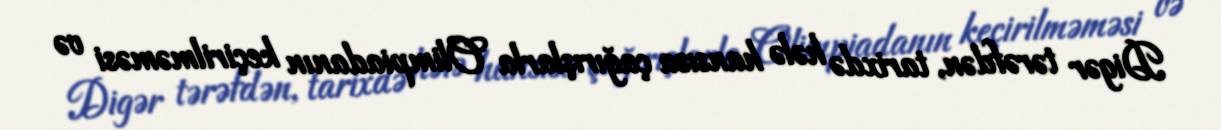
Digər tərəfdən, tarixdə hələ hansısa çağırışlarla Olimpiadanın keçirilməməsi və